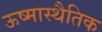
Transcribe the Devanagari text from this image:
ऊष्मास्थैतिक